Scottish Leaving Certificate Examination, 1961
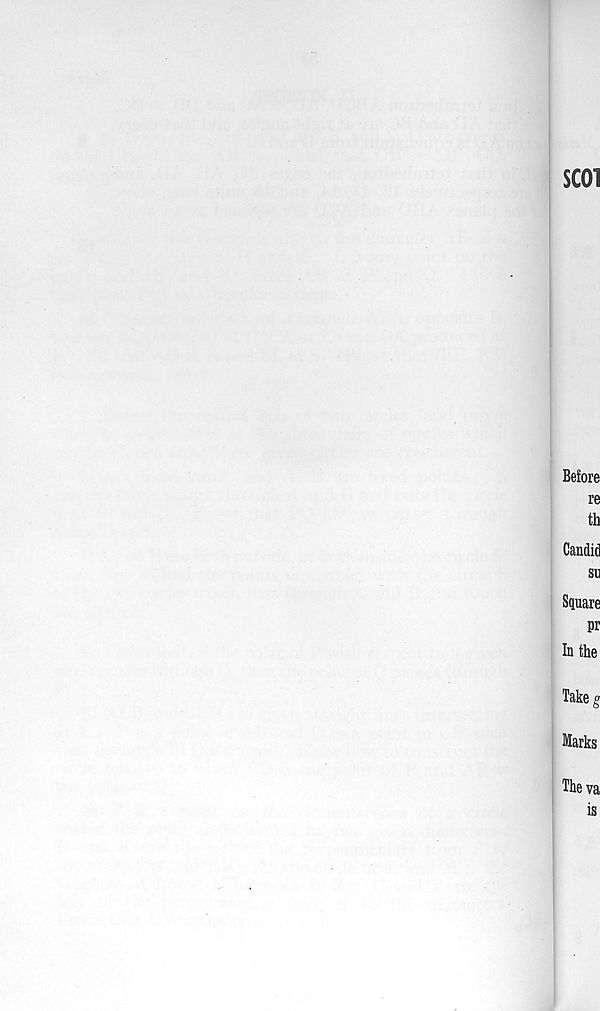
SC01
Before
re
th
Candid
su
Square
pr
In the
Take g
Marks
Theva
is